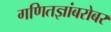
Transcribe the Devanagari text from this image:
गणितज्ञांबरोबर